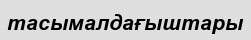
тасымалдағыштары